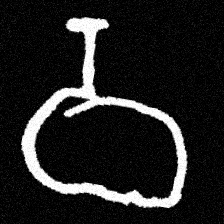
Pyu character \u2014 Myanmar letter: ဝ (romanized: wa)